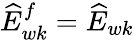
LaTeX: \widehat{E}_{wk}^{f}=\widehat{E}_{wk}